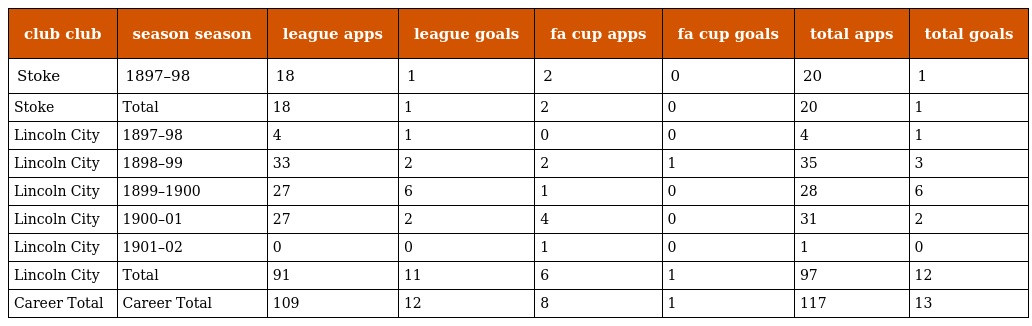
| club club | season season | league apps | league goals | fa cup apps | fa cup goals | total apps | total goals |
 | --- | --- | --- | --- | --- | --- | --- | --- |
 | Stoke | 1897–98 | 18 | 1 | 2 | 0 | 20 | 1 |
 | Stoke | Total | 18 | 1 | 2 | 0 | 20 | 1 |
 | Lincoln City | 1897–98 | 4 | 1 | 0 | 0 | 4 | 1 |
 | Lincoln City | 1898–99 | 33 | 2 | 2 | 1 | 35 | 3 |
 | Lincoln City | 1899–1900 | 27 | 6 | 1 | 0 | 28 | 6 |
 | Lincoln City | 1900–01 | 27 | 2 | 4 | 0 | 31 | 2 |
 | Lincoln City | 1901–02 | 0 | 0 | 1 | 0 | 1 | 0 |
 | Lincoln City | Total | 91 | 11 | 6 | 1 | 97 | 12 |
 | Career Total | Career Total | 109 | 12 | 8 | 1 | 117 | 13 |